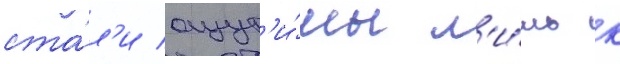
ста́л'и ощут'и́мы л'и́шь к